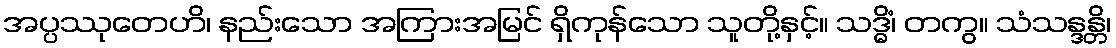
အပ္ပဿုတေဟိ၊ နည်းသော အကြားအမြင် ရှိကုန်သော သူတို့နှင့်။ သဒ္ဓိံ၊ တကွ။ သံသန္ဒန္တိ၊